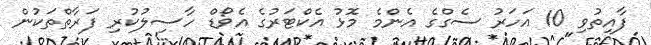
ފާއިތުވި 10 އަހަރު ސެގްގެ އެންމެ މޮޅު އެކްޓަރުގެ އެވޯޑް ހާސިލުކުރި ފަރާތްތަކުން